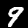
Label: 9